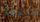
علينا